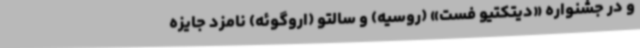
و در جشنواره «دیتکتیو فست» (روسیه) و سالتو (اروگوئه) نامزد جایزه